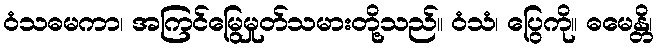
ဝံသဓမကာ၊ အကြင်မြွေမှုတ်သမားတို့သည်။ ဝံသံ၊ ပြွေကို။ ဓမေန္တိ၊